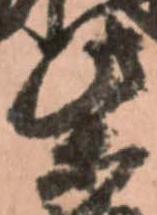
柴